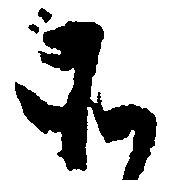
そ